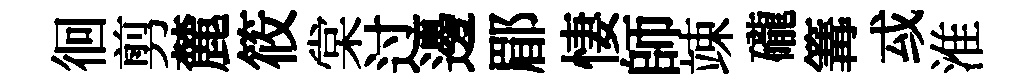
徊剪麓筱棠过邊郿悽師竦礲篝㦯淮